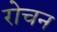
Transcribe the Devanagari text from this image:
रोचन